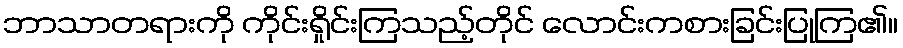
ဘာသာတရားကို ကိုင်းရှိုင်းကြသည့်တိုင် လောင်းကစားခြင်းပြုကြ၏။